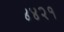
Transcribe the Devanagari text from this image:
४४२१